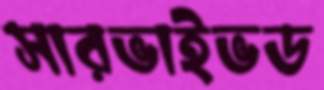
সারভাইভড